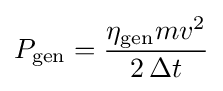
P_{\text{gen}}={\frac {\eta _{\text{gen}}mv^{2}}{2\,\Delta t}}